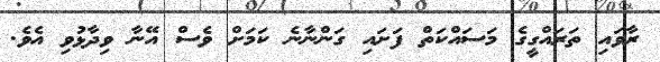
ރާވައި ތަރައްގީގެ މަސައްކަތް ފަށައި ގަންނާނެ ކަމަށް ވެސް އޭނާ ވިދާޅުވި އެވެ.